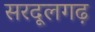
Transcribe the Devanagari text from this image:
सरदूलगढ़